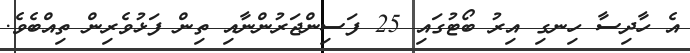
އެ ހާދިސާ ހިނގި އިރު ބޯޓުގައި 25 ފަސިންޖަރުންނާއި ތިން ފަޅުވެރިން ތިއްބެވެ.